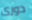
دورى